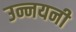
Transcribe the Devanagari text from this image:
उन्नयनी